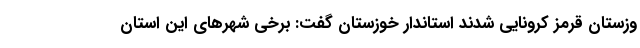
وزستان قرمز کرونایی شدند استاندار خوزستان گفت: برخی شهرهای این استان